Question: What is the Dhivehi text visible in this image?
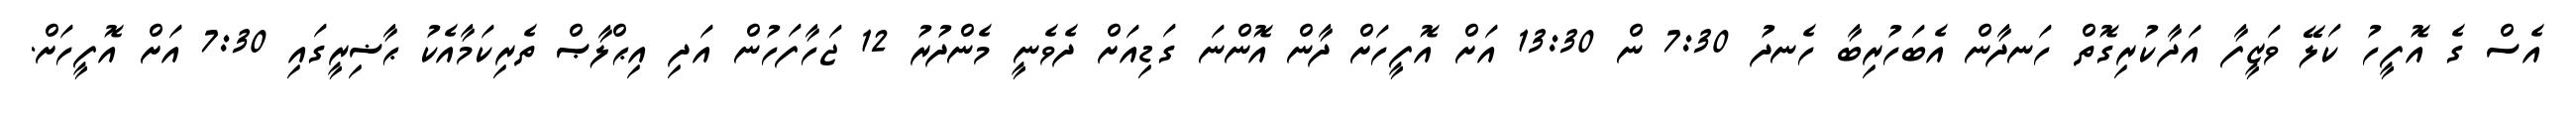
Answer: އެސް ގެ އޮފީހު ކަލޭ ވަޒީފާ އަދާކުރިގޮތް ހަނދާން އެބަހުރިބާ ހެނދު 7:30 ން 13:30 އަށް އޮފީހަށް ދާން އޮންނަ ގަޑިއަށް ދެވެނީ މެންދުރު 12 ޖަހާފަހުން އަދި އިޙްލާޞް ތެރިކަމާއެކު ޙާޟިރީގައި 7:30 އަށް އޮފީހަށް.